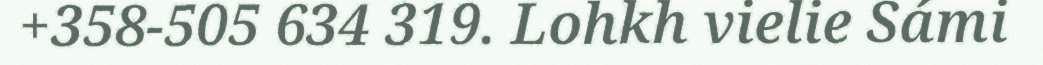
+358-505 634 319. Lohkh vielie Sámi